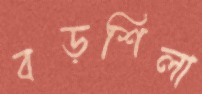
বড়শিলা